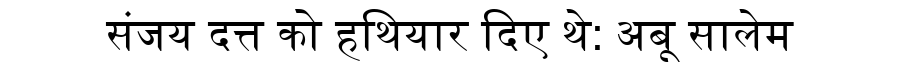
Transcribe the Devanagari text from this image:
संजय दत्त को हथियार दिए थे: अबू सालेम